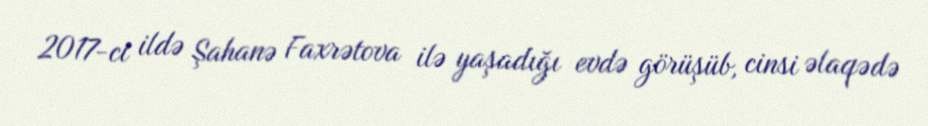
2017-ci ildə Şahanə Faxrətova ilə yaşadığı evdə görüşüb, cinsi əlaqədə